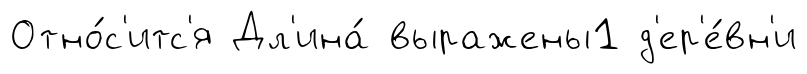
Отно́с'итс'я Дл'ина́ выражены1 д'ер'е́вн'и